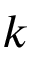
k